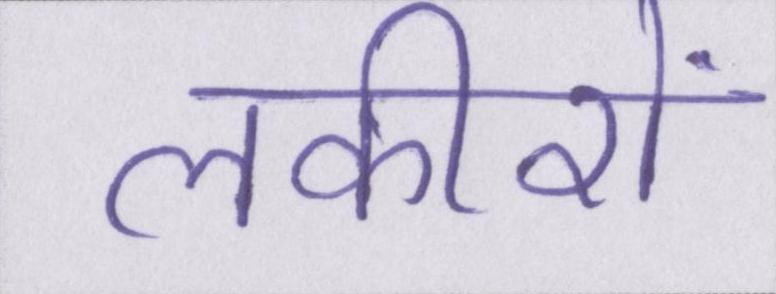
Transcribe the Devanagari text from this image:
लकीरों